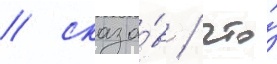
/ сказа́в / что́